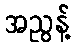
အညွန့်